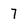
Character: 7